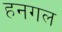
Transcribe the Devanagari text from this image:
हनगल